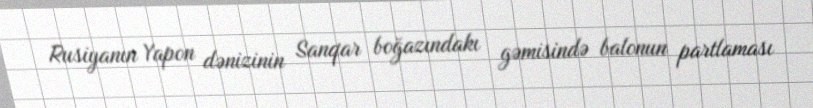
Rusiyanın Yapon dənizinin Sanqar boğazındakı gəmisində balonun partlaması